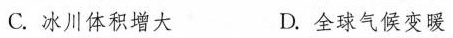
C.冰川体积增大 D.全球气候变暖